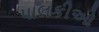
પાલકીઓ